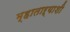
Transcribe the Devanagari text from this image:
म्हाताऱ्याशी